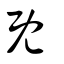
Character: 旣